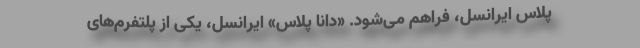
پلاس ایرانسل، فراهم می‌شود. «دانا پلاس» ایرانسل، یکی از پلتفرم‌های